Civil Veterinary Department. Central Provinces & Berar 1925-31 - 1925-1931
Year: 1925
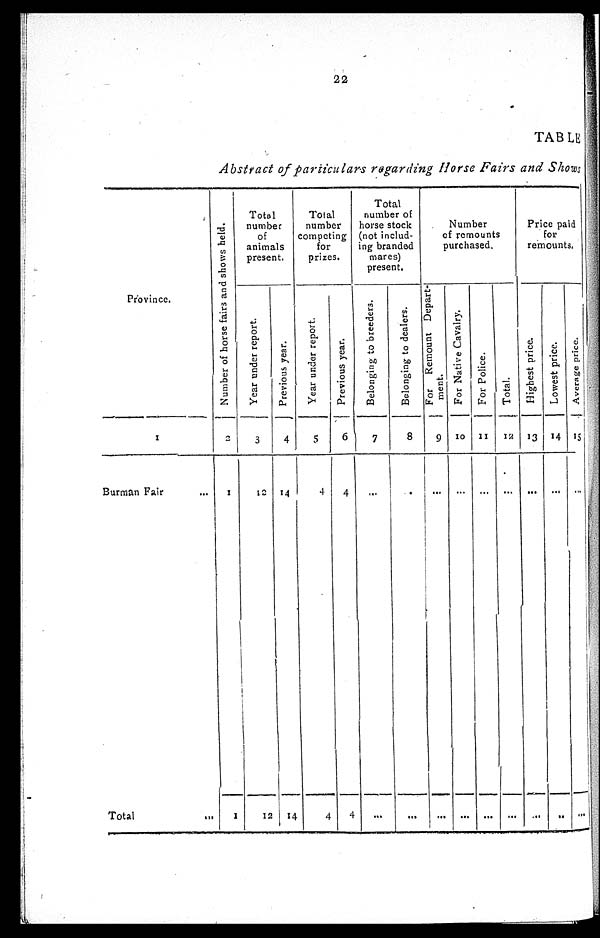
22
TABLE
Abstract of particulars regarding Horse Fairs and Shows
Province.
1
Burman Fair ...
Total ...
Number of horse fairs and shows held.
2
1
1
Total
number
of
animals
present.
Year under report.
3
12
12
Previous year.
4
14
14
Total
number
competing
for
prizes.
Year under report.
5
4
4
Previous year.
6
4
4
Total
number of
horse stock
(not includ-
ing branded
mares)
present.
Belonging to breeders.
7
...
...
Belonging to dealers.
8
..
...
Number
of remounts
purchased.
For Remount Depart-
ment.
9
...
...
For Native Cavalry.
10
...
...
For Police.
11
...
...
Total.
12
...
...
Price paid
for
remounts.
Highest price.
13
...
...
Lowest price.
14
...
...
Average price.
15
...
...